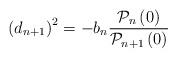
LaTeX: \begin{align*}\left( d_{n+1}\right) ^{2}=-b_{n}\frac{\mathcal{P}_{n}\left( 0\right) }{\mathcal{P}_{n+1}\left( 0\right) } \end{align*}